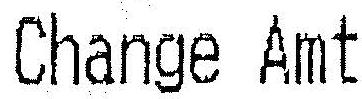
CHANGE AMT